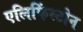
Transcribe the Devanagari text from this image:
एलिफिंस्टोन